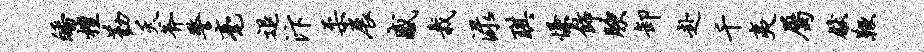
皤檀勤夭斧警毫退汴柔展感栽渌琪慊饰腴卸赴千夷属献鞭